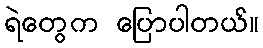
ရဲတွေက ပြောပါတယ်။